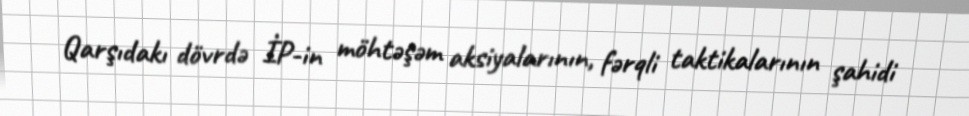
Qarşıdakı dövrdə İP-in möhtəşəm aksiyalarının, fərqli taktikalarının şahidi